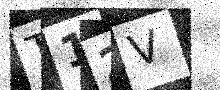
Text: T12V